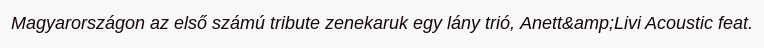
Magyarországon az első számú tribute zenekaruk egy lány trió, Anett&amp;Livi Acoustic feat.